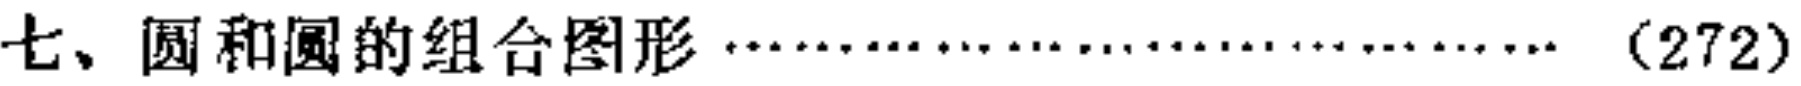
七、圆和圆的组合图形\(\cdots\cdots\cdots\cdots\cdots\cdots\cdots\cdots\cdots\cdots\cdots\cdots\)（272）